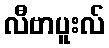
လီဗာပူးလ်